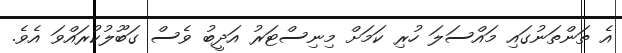
އެ ތަންތަނުގައި މައްސަލަ ހުރި ކަމަށް މިނިސްޓަރު އަދީބު ވެސް ގަބޫލުކުރައްވަ އެވެ.